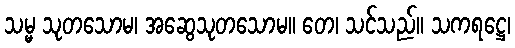
သမ္မ သုတသောမ၊ အဆွေသုတသောမ။ တေ၊ သင်သည်။ သကရဋ္ဌေ၊